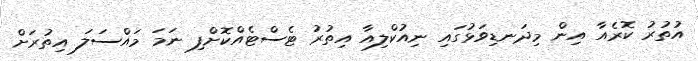
އުތުރު ކޮރެއާ އިން މިދަނޑިވަޅުގައި ނިއުކްލިއާ އިތުރު ޓެސްޓެއްކޮށްފި ނަމަ މައްސަލަ އިތުރަށް